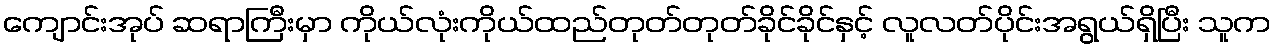
ကျောင်းအုပ် ဆရာကြီးမှာ ကိုယ်လုံးကိုယ်ထည်တုတ်တုတ်ခိုင်ခိုင်နှင့် လူလတ်ပိုင်းအရွယ်ရှိပြီး သူက